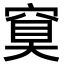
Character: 䆩